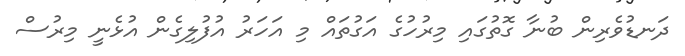
ދަނޑުވެރިން ބުނާ ގޮތުގައި މިރުހުގެ އަގުތައް މި އަހަރު އުފުލިގެން އުޅެނީ މިރުސް